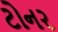
ટોનર